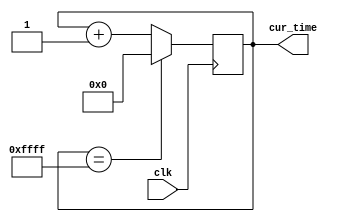
module timekeeper (
	input clk,    // Clock
	output[15:0] cur_time	
);
reg[15:0] mytime=0;

always@(posedge clk)begin
	if(mytime == 65535) mytime = 0;
	else mytime = mytime + 1;
end

assign cur_time = mytime;

endmodule